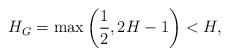
LaTeX: \begin{align*}H_G=\max\left(\frac{1}{2}, 2H-1\right)<H,\end{align*}